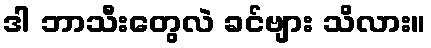
ဒါ ဘာသီးတွေလဲ ခင်ဗျား သိလား။